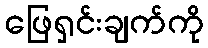
ဖြေရှင်းချက်ကို